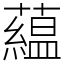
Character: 藴